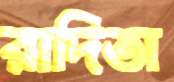
রাদিতা